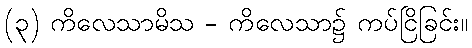
(၃) ကိလေသာမိသ - ကိလေသာ၌ ကပ်ငြိခြင်း။